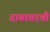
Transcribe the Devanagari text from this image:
दाबावरची